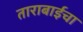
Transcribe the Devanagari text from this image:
ताराबाईचा